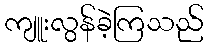
ကျူးလွန်ခဲ့ကြသည်